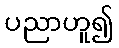
ပညာဟူ၍